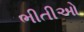
ભીતીઓ